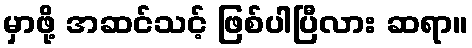
မှာဖို့ အဆင်သင့် ဖြစ်ပါပြီလား ဆရာ။